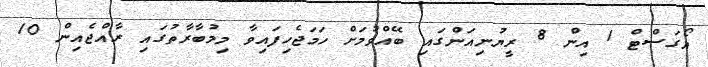
އޯގަސްޓް 1 އިން 8 ރީޔުނިއަންގައި ބޭއްވުމަށް ހަމަޖެހިފައިވާ މިމުބާރާތުގައި ރާއްޖެއިން 10